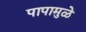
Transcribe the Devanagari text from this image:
पापामुळे